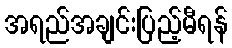
အရည်အချင်းပြည့်မီရန်